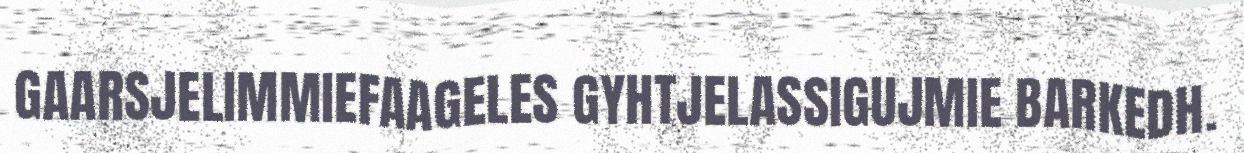
GAARSJELIMMIEFAAGELES GYHTJELASSIGUJMIE BARKEDH.